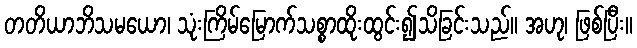
တတိယာဘိသမယော၊ သုံးကြိမ်မြောက်သစ္စာထိုးထွင်း၍သိခြင်းသည်။ အဟု၊ ဖြစ်ပြီး။